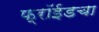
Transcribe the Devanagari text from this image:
फ्रॉईडचा